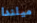
ميلندا